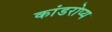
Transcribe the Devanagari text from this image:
कांडरोप्य